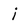
Character: i